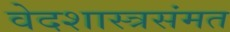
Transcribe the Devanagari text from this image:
वेदशास्त्रसंमत